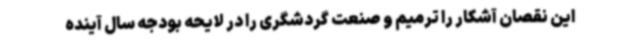
این نقصان آشکار را ترمیم و صنعت گردشگری را در لایحه بودجه سال آینده